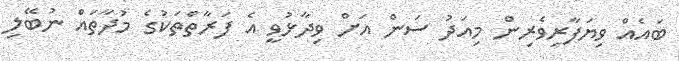
ބައެއް ވިޔަފާރިވެރިން މިއަދު ސަން އަށް ވިދާޅުވީ އެ ފަރާތްތަކުގެ މުދާތައް ނުބޭލި